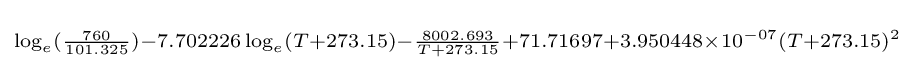
\scriptstyle \log _{e}({\frac {760}{101.325}})-7.702226\log _{e}(T+273.15)-{\frac {8002.693}{T+273.15}}+71.71697+3.950448\times 10^{-07}(T+273.15)^{2}